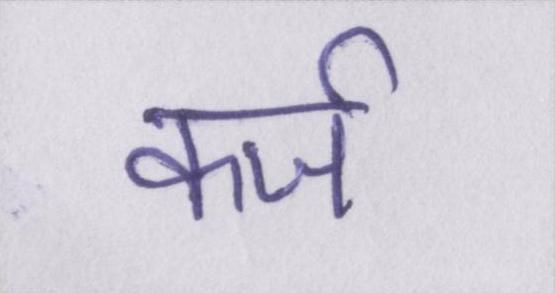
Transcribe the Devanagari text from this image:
कर्ज